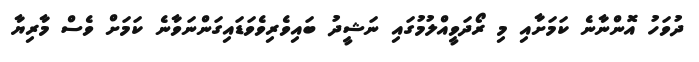
ދުވަހު އޮންނާނެ ކަމަށާއި މި ރޯދަވީއްލުމުގައި ނަޝީދު ބައިވެރިވެވަޑައިގަންނަވާނެ ކަމަށް ވެސް މާރިޔާ